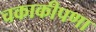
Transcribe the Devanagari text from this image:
चकाकीपणा